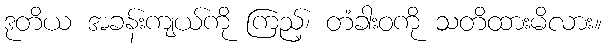
ဒုတိယ အခန်းကျယ်ကို ကြည့်၊ တံခါးဝကို သတိထားမိလား။